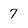
Character: 7